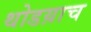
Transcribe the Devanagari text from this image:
थोडय़ाच